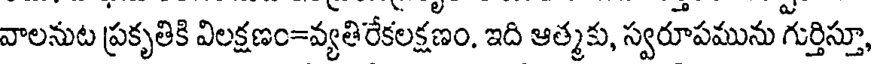
వాలనుట ప్రకృతికి విలక్షణం=వ్యతిరేకలక్షణం, ఇది ఆత్మకు, స్వరూపమును గుర్తిస్తూ,